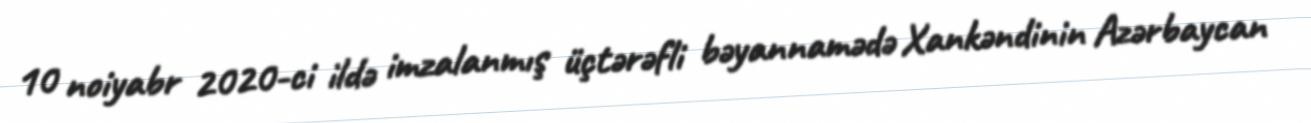
10 noiyabr 2020-ci ildə imzalanmış üçtərəfli bəyannamədə Xankəndinin Azərbaycan